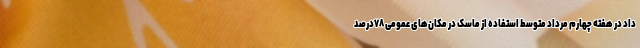
داد در هفته چهارم مرداد متوسط استفاده از ماسک در مکان‌های عمومی ۷۸درصد